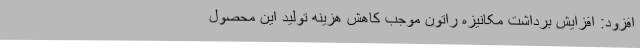
افزود: افزایش برداشت مکانیزه راتون موجب کاهش هزینه تولید این محصول